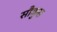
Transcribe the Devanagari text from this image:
सौकुस